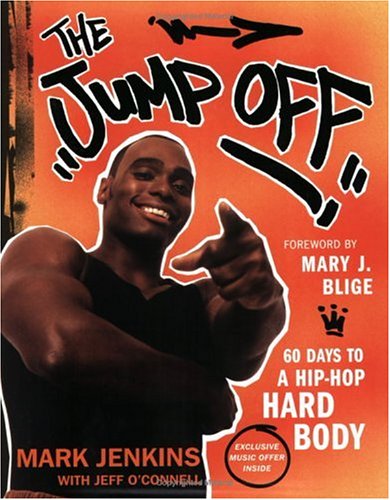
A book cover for The Jump Off: 60 Days to a Hip-Hop Hard Body; Mark Jenkins; Health, Fitness & Dieting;